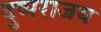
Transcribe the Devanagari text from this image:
दुष्पराजय